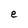
Character: e